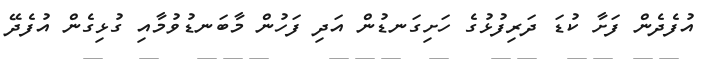
އުފެދެން ފަށާ ކުޑަ ދަރިފުޅުގެ ހަށިގަނޑުން އަދި ފަހުން މާބަނޑުވުމާއި ގުޅިގެން އުފެދޭ